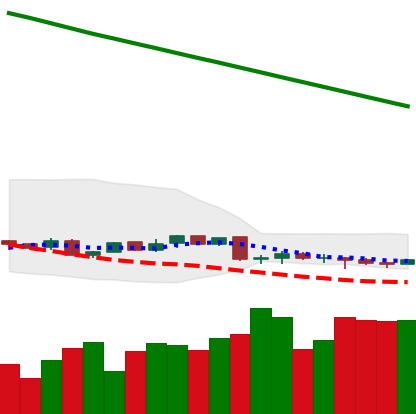
Ticker: XMR-USD
Chart end date: 2019-02-05
Forward return: 14.979%
Label: up_7plus